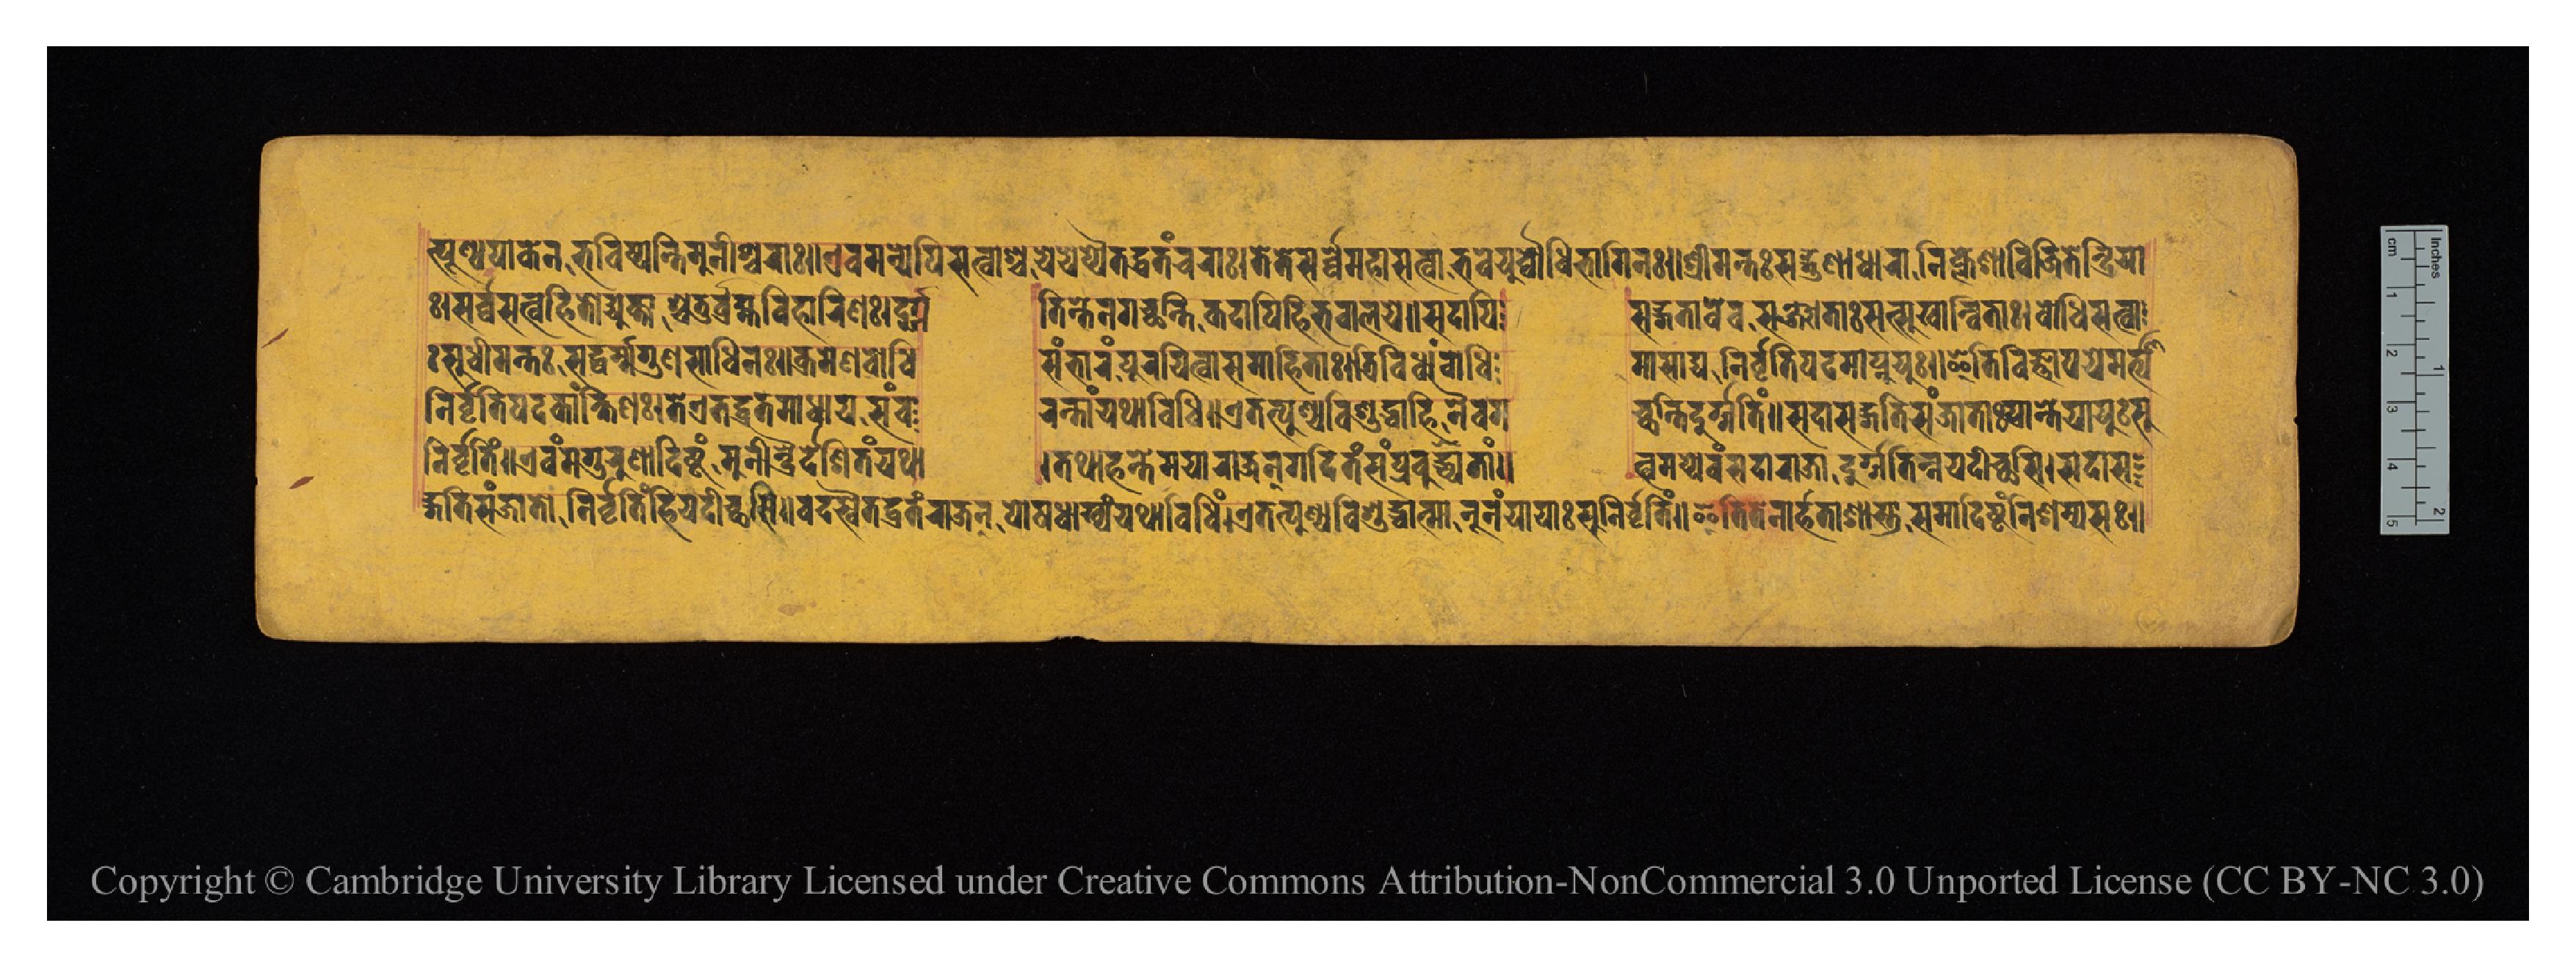
𑑅𑑋𑐳𑐬𑑂𑐰𑑂𑐰𑐳𑐟𑑂𑐰𑐴𑐶𑐟𑑀𑐡𑑂𑐫𑐸𑐎𑑂𑐟𑐵𑐱𑑂𑐔𑐟𑐸𑐬𑑂𑐧𑑂𑐬𑐴𑑂𑐩𑐰𑐶𑐴𑐵𑐬𑐶𑐞𑑅𑑋𑐡𑐸𑐬𑑂𑐐 𑐟𑐶𑑄𑐟𑐾𑐣𑐐𑐔𑑂𑐕𑐣𑑂𑐟𑐶𑐎𑐡𑐵𑐥𑐶𑐴𑐶𑐨𑐰𑐵𑐮𑐫𑐾𑑌𑐳𑐡𑐵𑐥𑐶 𑐳𑐡𑑂𑐐𑐟𑐵𑐰𑐾𑐰𑐳𑐘𑑂𑐖𑐵𑐟𑐵𑑅𑐳𑐟𑑂𑐳𑐸𑐏𑐵𑐣𑑂𑐰𑐶𑐟𑐵𑑅𑑋𑐧𑑀𑐢𑐶𑐳𑐟𑑂𑐰𑐵 𑑅𑐳𑐸𑐢𑐷𑐩𑐣𑑂𑐟𑑅𑐳𑐡𑑂𑐢𑐬𑑂𑐩𑑂𑐩𑐐𑐸𑐞𑐳𑐵𑐢𑐶𑐣𑑅𑑋𑐎𑑂𑐬𑐩𑐾𑐞𑐧𑑀𑐢𑐶 𑐳𑑄𑐨𑐵𑐬𑑄𑐥𑐹𑐬𑐫𑐶𑐟𑑂𑐰𑐵𑐳𑐩𑐵𑐴𑐶𑐟𑐵𑑅𑑋𑐟𑑂𑐬𑐶𑐰𑐶𑐢𑐵𑑄𑐧𑑀𑐢𑐶 𑐩𑐵𑐳𑐵𑐢𑐣𑐶𑐬𑑂𑐰𑐺𑐟𑐶𑐥𑐡𑐩𑐵𑐥𑑂𑐣𑐸𑐫𑐸𑑅𑑋𑐂𑐟𑐶𑐰𑐶𑐖𑑂𑐘𑐵𑐣𑐫𑐾𑐩𑐬𑑂𑐟𑑂𑐫𑐵 𑐣𑐶𑐬𑑂𑐰𑐺𑐟𑐶𑐥𑐡𑐎𑐵𑑄𑐎𑑂𑐲𑐶𑐞𑑅𑑋𑐟𑐾𑐊𑐟𑐡𑑂𑐰𑑂𑐬𑐟𑐩𑐵𑐢𑐵𑐫𑐳𑑄𑐔 𑐬𑐣𑑂𑐟𑑀𑐫𑐠𑐵𑐰𑐶𑐠𑐶𑑌𑐊𑐟𑐟𑑂𑐥𑐸𑐞𑑂𑐫𑐰𑐶𑐱𑐸𑐡𑑂𑐢𑐵𑐴𑐶𑐣𑐿𑐰𑐐 𑐔𑑂𑐕𑐣𑑂𑐟𑐶𑐡𑐸𑐬𑑂𑐐𑐟𑐶𑐩𑑂𑑋𑐳𑐡𑐵𑐳𑐡𑑂𑐐𑐟𑐶𑐳𑐘𑑂𑐖𑐵𑐟𑐵𑑅𑐥𑑂𑐬𑐵𑐣𑑂𑐟𑐾𑐫𑐫𑐸𑑅𑐳𑐸 𑐣𑐶𑐬𑑂𑐰𑐺𑐟𑐶𑐩𑑂𑑌𑐊𑐰𑑄𑐩𑐾𑐐𑐸𑐬𑐸𑐞𑐵𑐡𑐶𑐲𑑂𑐚𑑄𑐩𑐸𑐣𑐷𑐣𑑂𑐡𑑂𑐬𑐿𑐡𑐾𑐱𑐶𑐟𑑄𑐫𑐠𑐵 𑑋𑐟𑐠𑐵𑐴𑑄𑐟𑐾𑐩𑐫𑐵𑐬𑐵𑐖𑐣𑑂𑐐𑐡𑐶𑐟𑑄𑐳𑑄𑐥𑑂𑐬𑐢𑑂𑐫𑐟𑐵𑐩𑑂𑑌 𑐟𑑂𑐰𑐩𑐥𑑂𑐫𑐾𑐰𑑄𑐳𑐡𑐵𑐬𑐵𑐖𑐵𑐡𑐸𑐬𑑂𑐐𑐟𑐶𑑄𑐣𑐫𑐡𑐷𑐔𑑂𑐕𑐳𑐶𑑌𑐳𑐡𑐵𑐳 𑐡𑑂𑐐𑐟𑐶𑐳𑐘𑑂𑐖𑐵𑐟𑑀𑐣𑐶𑐬𑑂𑐰𑐺𑐟𑐶𑑄𑐴𑐶𑐫𑐡𑐷𑐔𑑂𑐕𑐳𑐶𑑌𑐔𑐬𑐳𑑂𑐰𑐿𑐟𑐡𑑂𑐰𑑂𑐬𑐟𑑄𑐬𑐵𑐖𑐣𑑂𑐥𑑀𑐲𑐢𑐵𑐏𑑂𑐫𑑄𑐫𑐠𑐵𑐰𑐶𑐢𑐶𑑋𑐊𑐟𑐟𑑂𑐥𑐸𑐞𑑂𑐫𑐰𑐶𑐱𑐸𑐡𑑂𑐢𑐵𑐟𑑂𑐩𑐵𑐣𑐹𑐣𑑄𑐫𑐵𑐫𑐵𑑅𑐳𑐸𑐣𑐶𑐬𑑂𑐰𑐺𑐟𑐶𑐩𑑂𑑌𑐂𑐟𑐶𑐟𑐾𑐣𑐵𑐬𑑂𑐴𑐟𑐵𑐱𑐵𑐫𑐵𑐳𑐩𑐵𑐡𑐶𑐲𑑂𑐚𑑄𑐣𑐶𑐱𑐩𑑂𑐫𑐳𑑅𑑌 𑐟𑑂𑐥𑐸𑐞𑑂𑐫𑐥𑐵𑐎𑐾𑐣𑐨𑐰𑐶𑐲𑑂𑐫𑐣𑑂𑐟𑐶𑐩𑐸𑐣𑐷𑐱𑑂𑐰𑐬𑐵𑑅𑑌𑐊𑐰𑐩𑐣𑑂𑐫𑐾𑐥𑐶𑐳𑐟𑑂𑐰𑐵𑐱𑑂𑐔𑐫𑐾𑐫𑐾𑐥𑑂𑐫𑐾𑐟𑐡𑑂𑐰𑑂𑐬𑐟𑐘𑑂𑐔𑐬𑐵𑑅𑑋𑐟𑐾𑐟𑐾𑐳𑐬𑑂𑐰𑑂𑐰𑐾𑐩𑐴𑐵𑐳𑐟𑑂𑐰𑐵𑐨𑐰𑐾𑐫𑐸𑐬𑑂𑐧𑑀𑐢𑐶𑐨𑐵𑐐𑐶𑐣𑑅𑑋𑐱𑑂𑐬𑐷𑐩𑐣𑑂𑐟𑑅𑐳𑐡𑑂𑐐𑐸𑐞𑐵𑐢𑐵𑐬𑐵𑐣𑐶𑑅𑐎𑑂𑐮𑐾𑐱𑐵𑐰𑐶𑐖𑐶𑐟𑐾𑐣𑑂𑐡𑑂𑐬𑐶𑐫𑐵